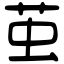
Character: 茧